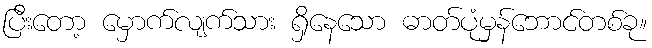
ပြီးတော့ မှောက်လျက်သား ရှိနေသော ဓာတ်ပုံမှန်ဘောင်တစ်ခု။